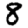
Digit: 8